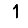
Digit: 1